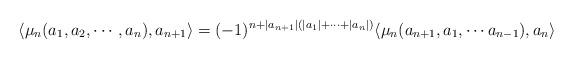
LaTeX: \begin{align*}\langle \mu_n(a_1,a_2,\cdots,a_n), a_{n+1}\rangle=(-1)^{n+|a_{n+1}|(|a_1|+\cdots+|a_{n}|)}\langle \mu_n(a_{n+1},a_1,\cdots a_{n-1}),a_n\rangle\end{align*}